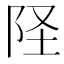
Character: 𫔽